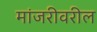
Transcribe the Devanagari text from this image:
मांजरीवरील